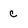
Character: c